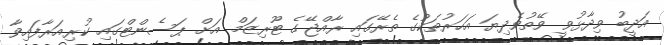
އަދީބު ވިދާޅުވީ ވޭތުވެދިޔަ އަހަރުތަކުގެ ތެރޭގައި ރާއްޖޭގެ ޓޫރިޒަމް އަށް ޕަސެންޓްގައި ކުރިއަރާފައިވާ